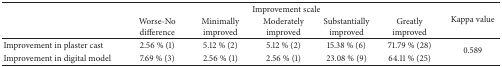
<table><thead><tr><td rowspan="2"><b> </b></td><td colspan="5"><b> Improvement scale</b></td><td rowspan="2"><b> Kappa value</b></td></tr><tr><td><b>Worse-No difference</b></td><td><b>Minimally improved</b></td><td><b>Moderately improved</b></td><td><b>Substantially improved</b></td><td><b>Greatly improved</b></td></tr></thead><tbody><tr><td>Improvement in plaster cast</td><td>2.56 % (1)</td><td>5.12 % (2)</td><td>5.12 % (2)</td><td>15.38 % (6)</td><td>71.79 % (28)</td><td rowspan="2">0.589</td></tr><tr><td>Improvement in digital model</td><td>7.69 % (3)</td><td>2.56 % (1)</td><td>2.56 % (1)</td><td>23.08 % (9)</td><td>64.11 % (25)</td></tr></tbody></table>